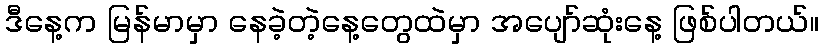
ဒီနေ့က မြန်မာမှာ နေခဲ့တဲ့နေ့တွေထဲမှာ အပျော်ဆုံးနေ့ ဖြစ်ပါတယ်။